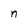
Character: n